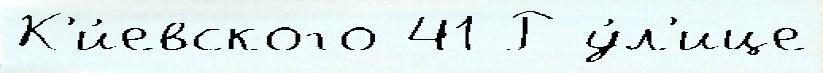
К'и́евского 41 Р у́л'ице